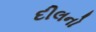
દીલનો